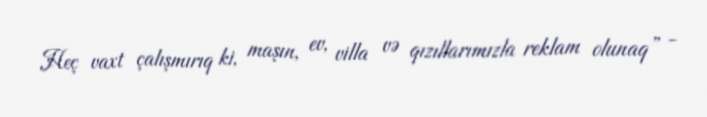
Heç vaxt çalışmırıq ki, maşın, ev, villa və qızıllarımızla reklam olunaq” -